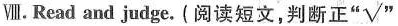
Ⅷ.Read and judge. (阅读短文,判断正"√ "